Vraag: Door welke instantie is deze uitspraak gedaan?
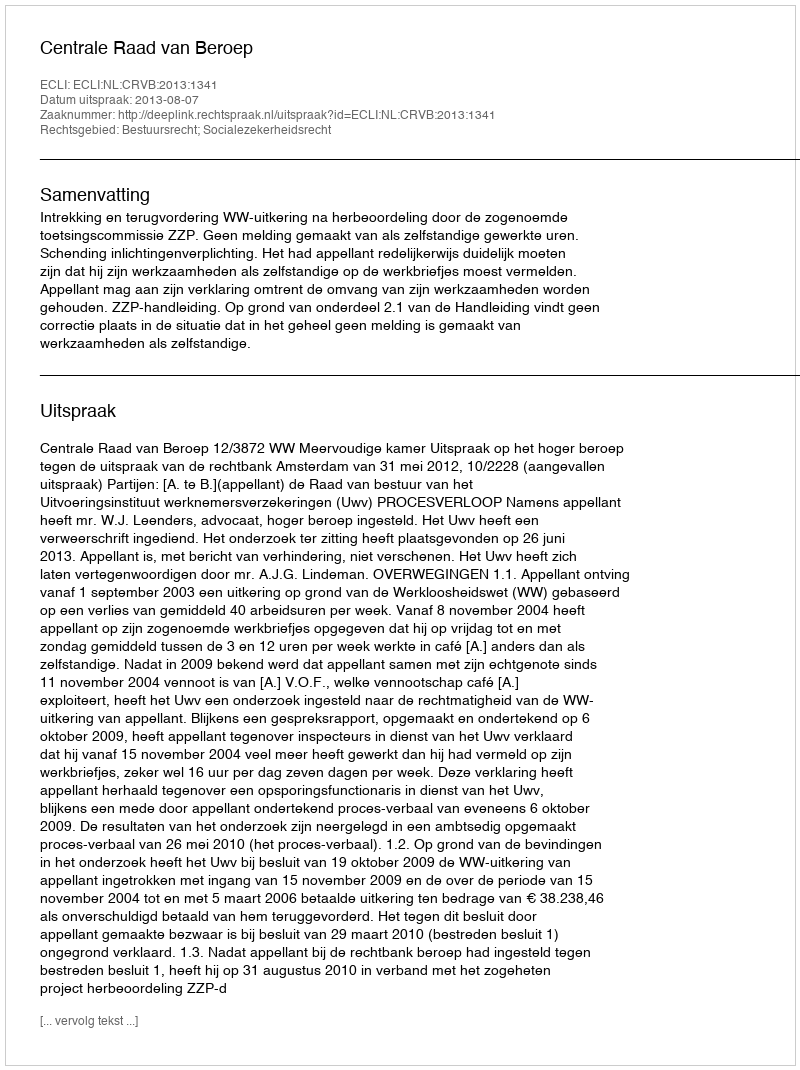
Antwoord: Centrale Raad van Beroep